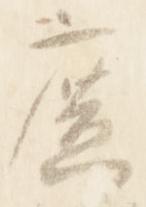
広